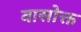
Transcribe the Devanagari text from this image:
वासोक्त